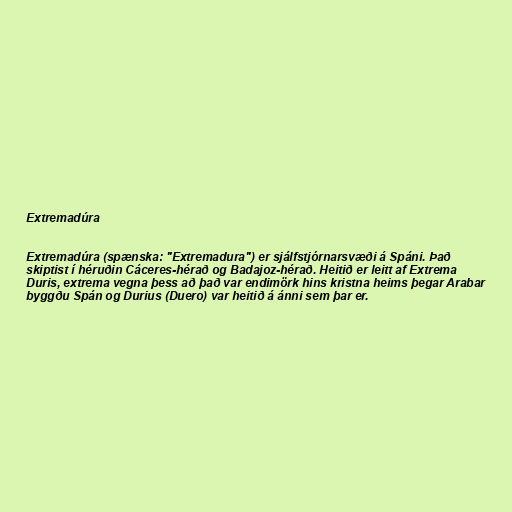
Extremadúra

Extremadúra (spænska: "Extremadura") er sjálfstjórnarsvæði á Spáni. Það
skiptist í héruðin Cáceres-hérað og Badajoz-hérað. Heitið er leitt af Extrema
Duris, extrema vegna þess að það var endimörk hins kristna heims þegar Arabar
byggðu Spán og Durius (Duero) var heitið á ánni sem þar er.